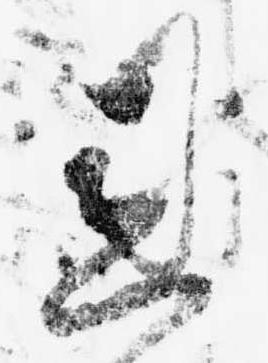
恩